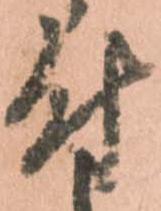
付